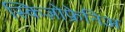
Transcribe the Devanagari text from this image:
स्किज़ोफ्रेनिअ